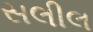
સલીલ